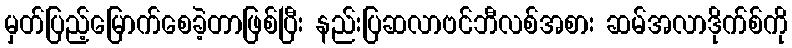
မှတ်ပြည့်မြောက်စေခဲ့တာဖြစ်ပြီး နည်းပြဆလာဗင်ဘီလစ်အစား ဆမ်အလာဒိုက်စ်ကို